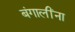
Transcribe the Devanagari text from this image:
बंगालींना